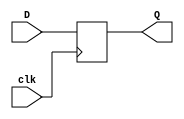
`timescale 1ns / 1ps
//////////////////////////////////////////////////////////////////////////////////
// Company: 
// Engineer: 
// 
// Design Name: 
// Module Name: DFF
// Project Name: 
// Target Devices: 
// Tool Versions: 
// Description: 
// 
// Dependencies: 
// 
// Revision:
// Revision 0.01 - File Created
// Additional Comments:
// 
//////////////////////////////////////////////////////////////////////////////////


module DFF(clk, D, Q);
    input clk;
    input D;
    output Q;
    //output Qbar;
    
    reg Q;
    reg Qbar;
    
    always@(posedge clk)
    begin
        Q<=D;
    end
    
endmodule